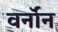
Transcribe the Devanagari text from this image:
वर्नॉन